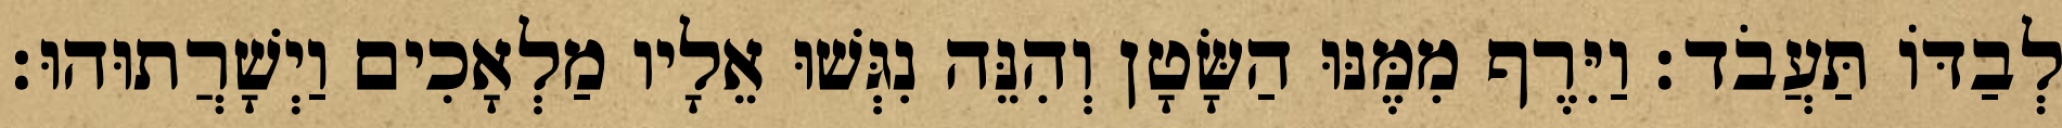
לְבַדּוֹ תַּעֲבֹד׃ וַיִּרֶף מִמֶּנּוּ הַשָּׂטָן וְהִנֵּה נִגְּשׁוּ אֵלָיו מַלְאָכִים וַיְשָׁרֲתוּהוּ׃